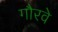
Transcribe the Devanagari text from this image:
गौरवे